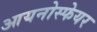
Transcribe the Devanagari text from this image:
आयनोस्फेयर